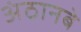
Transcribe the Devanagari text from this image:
अंठानबे